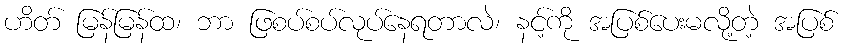
ဟိတ် မြန်မြန်ထ၊ ဘာ ဖြစပ်စပ်လုပ်နေရတာလဲ၊ နင့်ကို အပြစ်ပေးမလို့တဲ့ အပြစ်